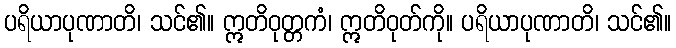
ပရိယာပုဏာတိ၊ သင်၏။ ဣတိဝုတ္တကံ၊ ဣတိဝုတ်ကို။ ပရိယာပုဏာတိ၊ သင်၏။